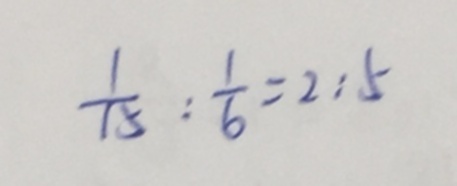
\frac { 1 } { 1 5 } : \frac { 1 } { 6 } = 2 : 5